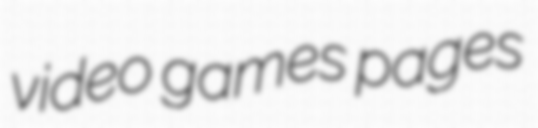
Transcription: video games pages